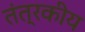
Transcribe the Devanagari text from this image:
तंत्रकीय